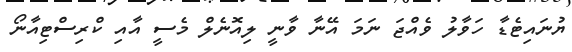
ޔުނައިޓެޑާ ހަވާލު ވެއްޖަ ނަމަ އޭނާ ވާނީ ލިއޮޮނެލް މެސީ އާއި ކްރިސްޓިއާނޯ